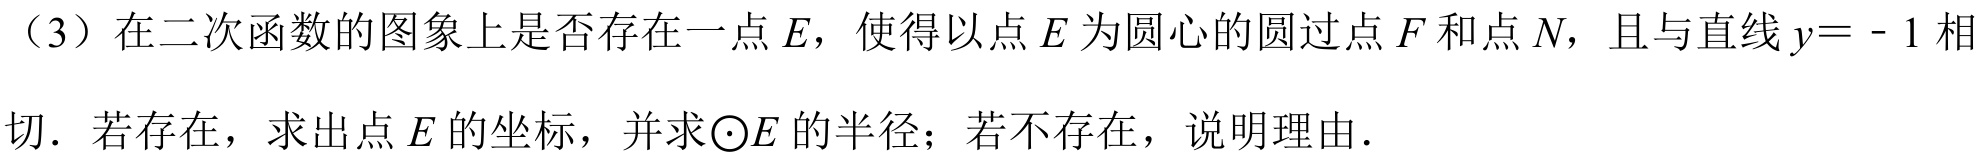
（3）在二次函数的图象上是否存在一点 \(E\)，使得以点 \(E\) 为圆心的圆过点 \(F\) 和点 \(N\)，且与直线 \(y =-1\) 相
切. 若存在，求出点 \(E\) 的坐标，并求\(\odot E\) 的半径；若不存在，说明理由.